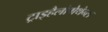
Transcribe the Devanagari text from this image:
ट्राइहैलोमेथेन्स